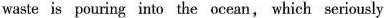
waste is pouring into the ocean, which seriously